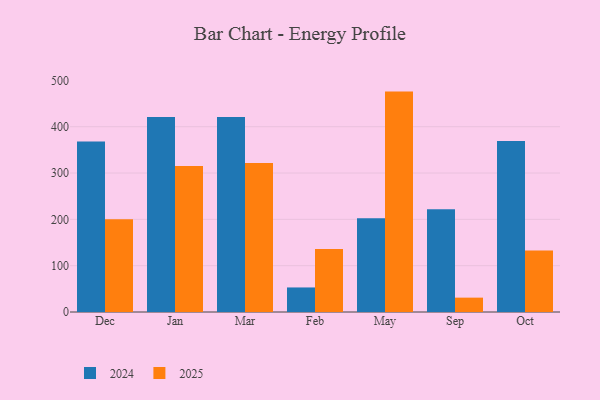
{"axis": {"x": "Month", "y": "Headcount"}, "legend": ["2024", "2025"], "data": [{"x": "Dec", "y": 200.4, "type": "2025"}, {"x": "Dec", "y": 367.9, "type": "2024"}, {"x": "Jan", "y": 315.0, "type": "2025"}, {"x": "Jan", "y": 421.2, "type": "2024"}, {"x": "Mar", "y": 321.6, "type": "2025"}, {"x": "Mar", "y": 421.1, "type": "2024"}, {"x": "Feb", "y": 136.0, "type": "2025"}, {"x": "Feb", "y": 53.0, "type": "2024"}, {"x": "May", "y": 475.8, "type": "2025"}, {"x": "May", "y": 202.2, "type": "2024"}, {"x": "Sep", "y": 31.0, "type": "2025"}, {"x": "Sep", "y": 221.8, "type": "2024"}, {"x": "Oct", "y": 132.8, "type": "2025"}, {"x": "Oct", "y": 369.3, "type": "2024"}]}